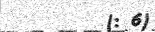
(: 6)